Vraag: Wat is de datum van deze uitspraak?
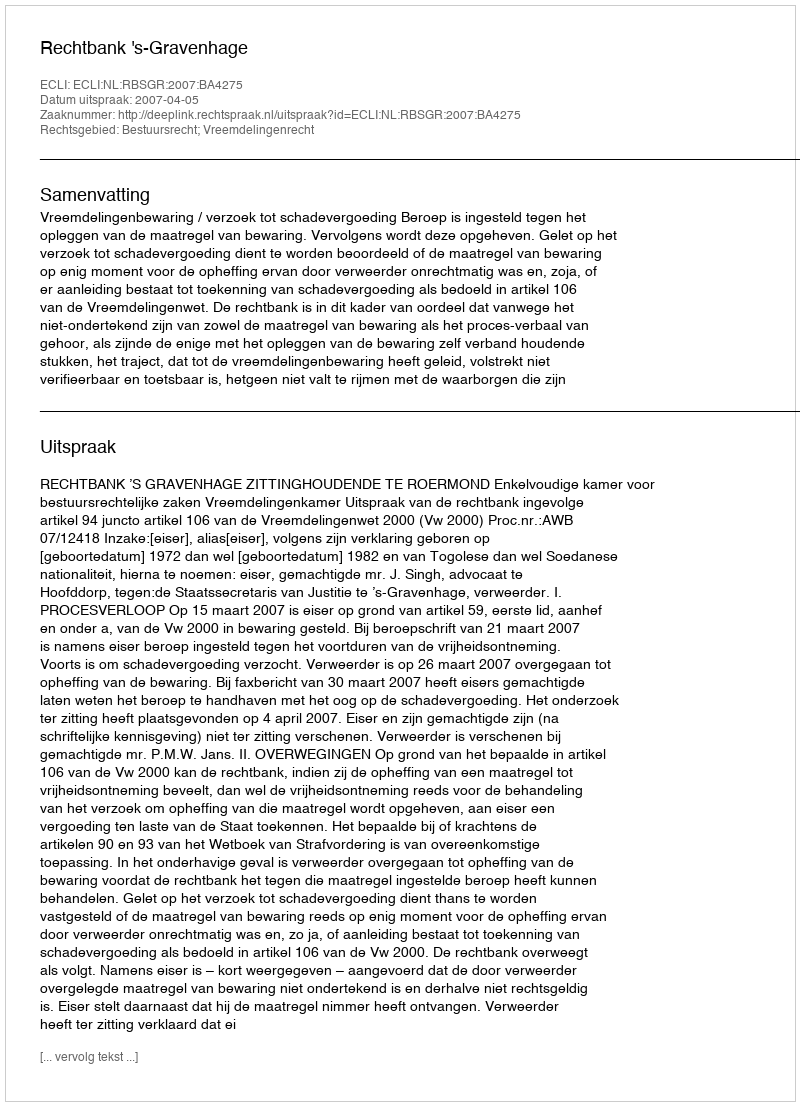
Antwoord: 2007-04-05